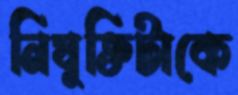
নিযুক্তিটাকে